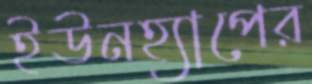
ইউনহ্যাপের